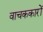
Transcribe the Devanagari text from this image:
वाचककारों